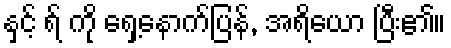
နှင့် ရ် ကို ရှေ့နောက်ပြန်, အရိယော ပြီး၏။